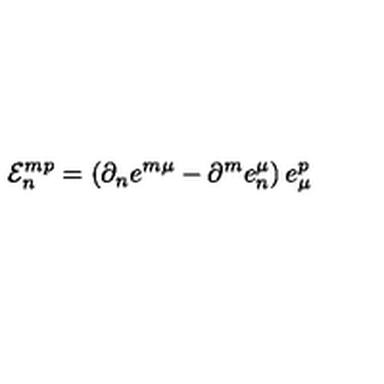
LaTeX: { \cal E } _ { n } ^ { m p } = \left( \partial _ { n } e ^ { m \mu } - \partial ^ { m } e _ { n } ^ { \mu } \right) e _ { \mu } ^ { p }